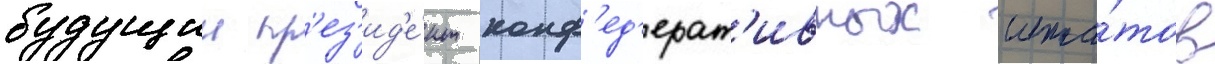
будущии пр'ез'ид'е́нт конф'ед'ерат'ивных шта́тов